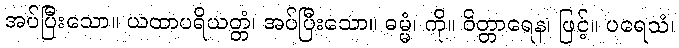
အပ်ပြီးသော။ ယထာပရိယတ္တံ၊ အပ်ပြီးသော။ ဓမ္မံ၊ ကို။ ဝိတ္တာရေန၊ ဖြင့်။ ပရေသံ၊